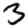
Digit: 3